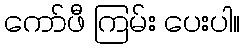
ကော်ဖီ ကြမ်း ပေးပါ။